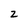
Character: z